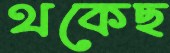
থকেছ